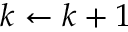
k \gets k + 1